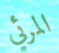
المرئي